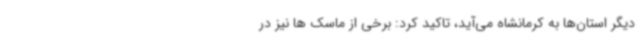
دیگر استان‌ها به کرمانشاه می‌آید، تاکید کرد: برخی از ماسک ها نیز در